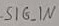
Text: SIG_IN